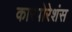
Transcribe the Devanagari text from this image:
कारपोरेशंस